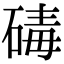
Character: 碡